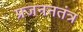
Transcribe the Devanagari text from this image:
प्रजननतंत्र